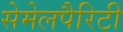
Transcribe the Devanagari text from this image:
सेमेलपैरिटी